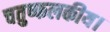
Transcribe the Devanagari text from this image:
चतुष्फलकीय।